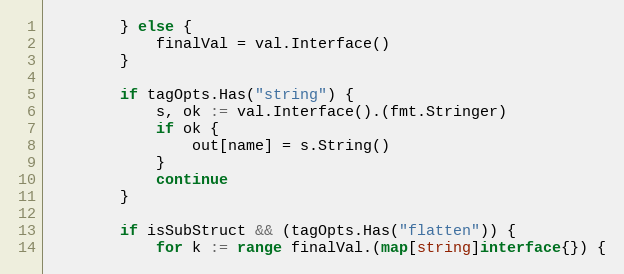
Language: Go
		} else {
			finalVal = val.Interface()
		}

		if tagOpts.Has("string") {
			s, ok := val.Interface().(fmt.Stringer)
			if ok {
				out[name] = s.String()
			}
			continue
		}

		if isSubStruct && (tagOpts.Has("flatten")) {
			for k := range finalVal.(map[string]interface{}) {